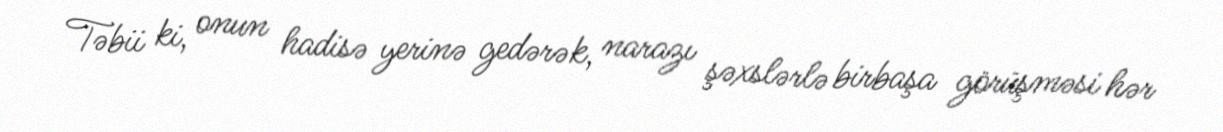
Təbii ki, onun hadisə yerinə gedərək, narazı şəxslərlə birbaşa görüşməsi hər